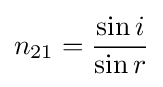
n_{21}={\dfrac {\sin i}{\sin r}}